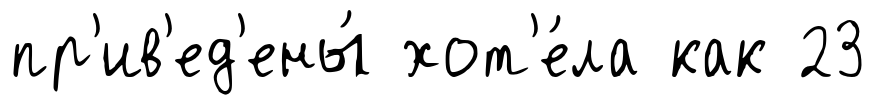
пр'ив'ед'ены́ хот'е́ла как 23